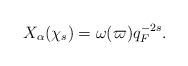
LaTeX: \begin{align*} X_{\alpha}(\chi_s)=\omega(\varpi)q_F^{-2s}.\end{align*}